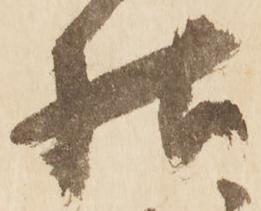
様